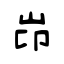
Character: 岇